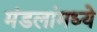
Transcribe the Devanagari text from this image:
मंडलांमध्ये